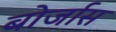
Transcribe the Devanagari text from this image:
बोर्जास